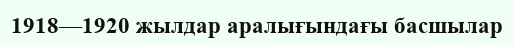
1918—1920 жылдар аралығындағы басшылар